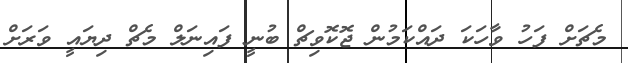
މެޗަށް ފަހު ވާހަކަ ދައްކަމުން ޖޮކޮވިޗް ބުނީ ފައިނަލް މެޗް ދިޔައީ ވަރަށް